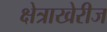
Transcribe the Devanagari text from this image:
क्षेत्राखेरीज